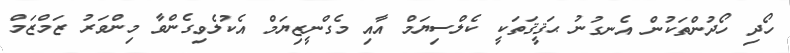
ހޯދި ހޯދުންތަކުން އެނގުނު ޙަޤީޤަތަކީ ކެލްސިޔަމް އާއި މެގްނީޒިޔަމް އެކުލެވިގެންވާ މިންވަރު ޒަމްޒަމް